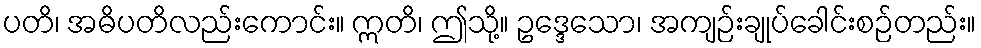
ပတိ၊ အဓိပတိလည်းကောင်း။ ဣတိ၊ ဤသို့။ ဥဒ္ဒေသော၊ အကျဉ်းချုပ်ခေါင်းစဉ်တည်း။